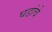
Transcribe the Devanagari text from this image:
घडांचे